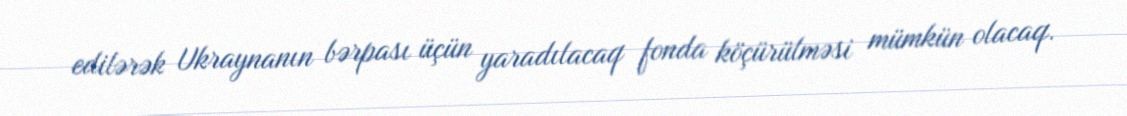
edilərək Ukraynanın bərpası üçün yaradılacaq fonda köçürülməsi mümkün olacaq.